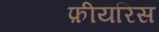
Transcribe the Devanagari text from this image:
फ़ीयरिस